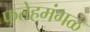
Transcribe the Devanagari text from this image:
फतेहमंगळ